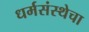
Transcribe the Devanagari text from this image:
धर्मसंस्थेचा